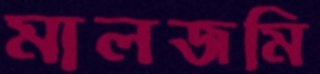
মালজমি